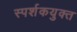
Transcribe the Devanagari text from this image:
स्पर्शकयुक्त